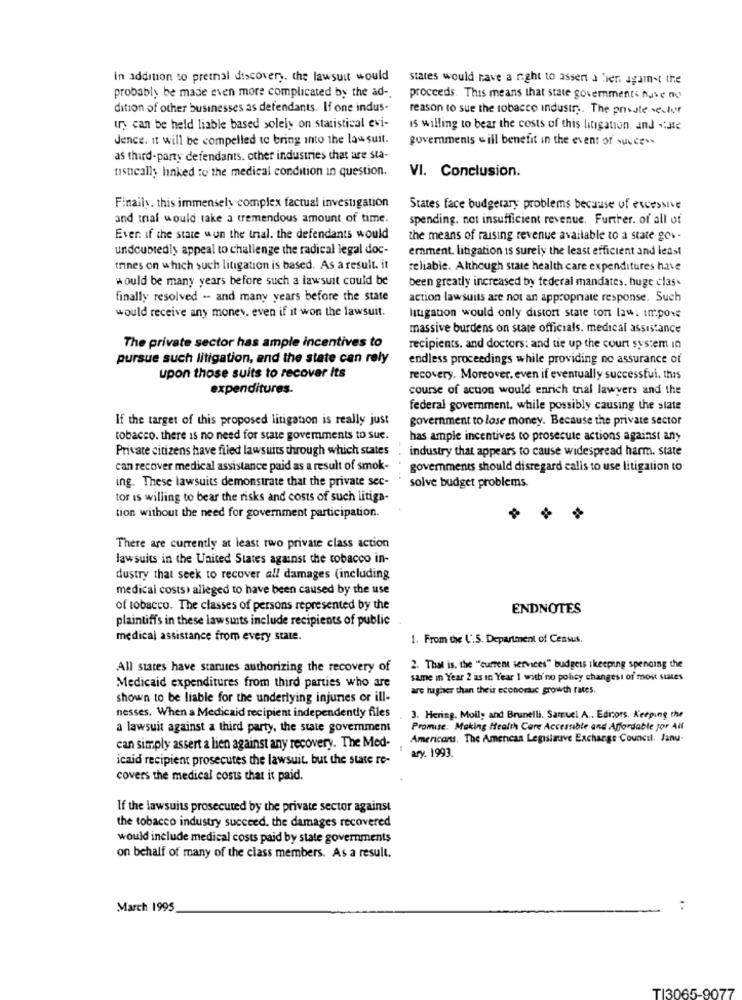
in addition to prethal discovery. the lawsuit would
states would have a right to assert a bien against the
probably be made even more complicated by the ad-
proceeds. This means that state governments have no
dition of other businesses as defendants. If one indus-
reason to sue the tobacco industry. The private sector
us can be held liable based solely on statistical evi-
is willing to bear the costs of this litigation. and -: He
Jence. it will be compelled to bring into the lawsuit.
governments will benefit in the event of success
as third-party defendants. other industries that are sta-
nsneally linked to the medical condition in question.
VI. Conclusion.
Finally. this immensely complex factual investigation
States face budgetary problems because of excessive
and trial would take a tremendous amount of time.
spending. not insufficient revenue. Further. of all of
Even if the state won the trial. the defendants would
the means of raising revenue available to a state gov-
undoubtedly appeal to challenge the radical legal doc-
ernment. litigation is surely the least efficient and least
trines on which such litigation is based. As a result. it
reliable. Although state health care expenditures have
would be many years before such a lawsuit could be
been greatly increased by federal mandates, huge clas.
finally resolved -- and many years before the state
action lawsuits are not an appropriate response. Such
would receive any money, even if it won the lawsuit.
litigation would only distort state ton law: impose
massive burdens on state officials. medical assistance
The private sector has ample incentives to
recipients. and doctors: and tie up the court system in
pursue such litigation, and the state can rely
endless proceedings while providing no assurance of
upon those suits to recover Its
recovery. Moreover, even if eventually successful. this
expenditures.
course of action would enrich trial lawyers and the
federal government, while possibly causing the state
If the target of this proposed litigation is really just
government to lose money. Because the private sector
tobacco. there is no need for state governments to sue.
has ample incentives to prosecute actions against any
Private citizens have filed lawsuits through which states
industry that appears to cause widespread harm. state
can recover medical assistance paid as a result of smok-
governments should disregard calis to use litigation to
ing. These lawsuits demonstrate that the private sec-
solve budget problems.
tor is willing to bear the risks and costs of such litiga-
tion without the need for government participation.
There are currently at least two private class action
lawsuits in the United States against the tobacco in-
dustry that seek to recover all damages (including
medical costs. alleged to have been caused by the use
of tobacco. The classes of persons represented by the
ENDNOTES
plaintiffs in these lawsuits include recipients of public
medical assistance from every state.
1. From the U.S. Department of Census.
All states have starutes authorizing the recovery of
2. That is, the "current services" budgets ikeeping spending the
same in Year 2 as in Year 1 with no policy changesi of most states
Medicaid expenditures from third parties who are
are higher than their economic growth rates.
shown to be liable for the underlying injuries or ill-
nesses. When a Medicaid recipient independently files
3. Hering. Molly and Brunelli. Samuel A .. Editors. Keeping the
a lawsuit against a third party, the state government
Promise: Making Health Care Accessible and Affordable Jor All
Americans. The American Legislauve Exchange Council. Janu-
can simply assert a lien against any recovery. The Med-
icaid recipient prosecutes the lawsuit. but the state ro-
ary. 1993.
covers the medical costs that it paid.
If the lawsuits prosecuted by the private sector against
the tobacco industry succeed. the damages recovered
would include medical costs paid by state governments
on behalf of many of the class members. As a result.
March 1995
TI3065-9077